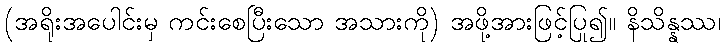
(အရိုးအပေါင်းမှ ကင်းစေပြီးသော အသားကို) အဖို့အားဖြင့်ပြု၍။ နိသိန္နဿ၊